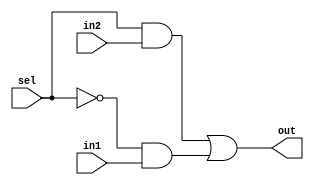
module mux2to1(out,sel,in1,in2);
 input in1,in2,sel;
 output out;
 wire not_sel,a1,a2;
 not (not_sel,sel);
 and (a1,sel,in2);
 and (a2,not_sel,in1);
 or(out,a1,a2);
endmodule

module bit8_mux2to1(out,sel,inp1,inp2);
	input [7:0] inp1,inp2;
	input sel;
	output [7:0] out;
	genvar j;
	
	generate for(j=0;j<8;j=j+1) begin: mux_loop
		mux2to1 m1(out[j],sel,inp1[j],inp2[j]);
	end
	endgenerate
endmodule

module bit32_mux2to1(out,sel,inp1,inp2);
	input [31:0] inp1,inp2;
	input sel;
	output [31:0] out;
	genvar j;
	
	generate for(j=0;j<32;j=j+8) begin: mux8_loop
		bit8_mux2to1 m2(out[j+7:j],sel,inp1[j+7:j],inp2[j+7:j]);
	end
	endgenerate
endmodule
	
module mux3to1(out,sel,in1,in2,in3);
	input in1,in2,in3;
	input [1:0] sel;
	output out;
	wire w;
	mux2to1 m0(w,sel[0],in1,in2);
	mux2to1 m1(out,sel[1],w,in3);
endmodule

module bit32_mux3to1(out,sel,inp1,inp2,inp3);
	input [31:0] inp1,inp2,inp3;
	input [1:0] sel;
	output [31:0] out;
	genvar j;
	generate for(j=0;j<32;j=j+1) begin: mux8_loop
		mux3to1 m2(out[j],sel,inp1[j],inp2[j],inp3[j]);
	end
	endgenerate
endmodule